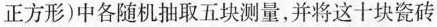
正方形)中各随机抽取五块测量，并将这十块瓷砖